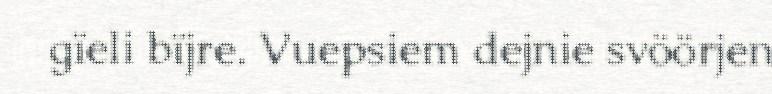
gïeli bïjre. Vuepsiem dejnie svöörjen